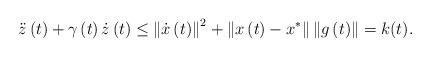
LaTeX: \begin{align*}\ddot{z}\left( t\right) +\gamma\left( t\right) \dot{z}\left( t\right)\leq\left\Vert \dot{x}\left( t\right) \right\Vert ^{2}+\left\Vert x\left(t\right) -x^{\ast}\right\Vert \left\Vert g\left( t\right) \right\Vert=k(t). \end{align*}